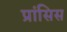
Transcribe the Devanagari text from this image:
प्रांसिस